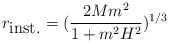
\begin{align*}r_{\mbox{inst.}}=(\frac{2Mm^2}{1+m^2H^2})^{1/3}\end{align*}